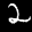
Label: 2